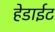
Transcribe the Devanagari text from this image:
हेडाईट